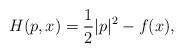
LaTeX: \begin{align*}H(p,x) = \frac{1}{2} |p|^2 - f(x),\end{align*}